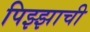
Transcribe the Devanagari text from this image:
पिझ्झाची